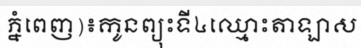
ភ្នំពេញ)៖កូនព្យុះទី៤ឈ្មោះតាឡាស